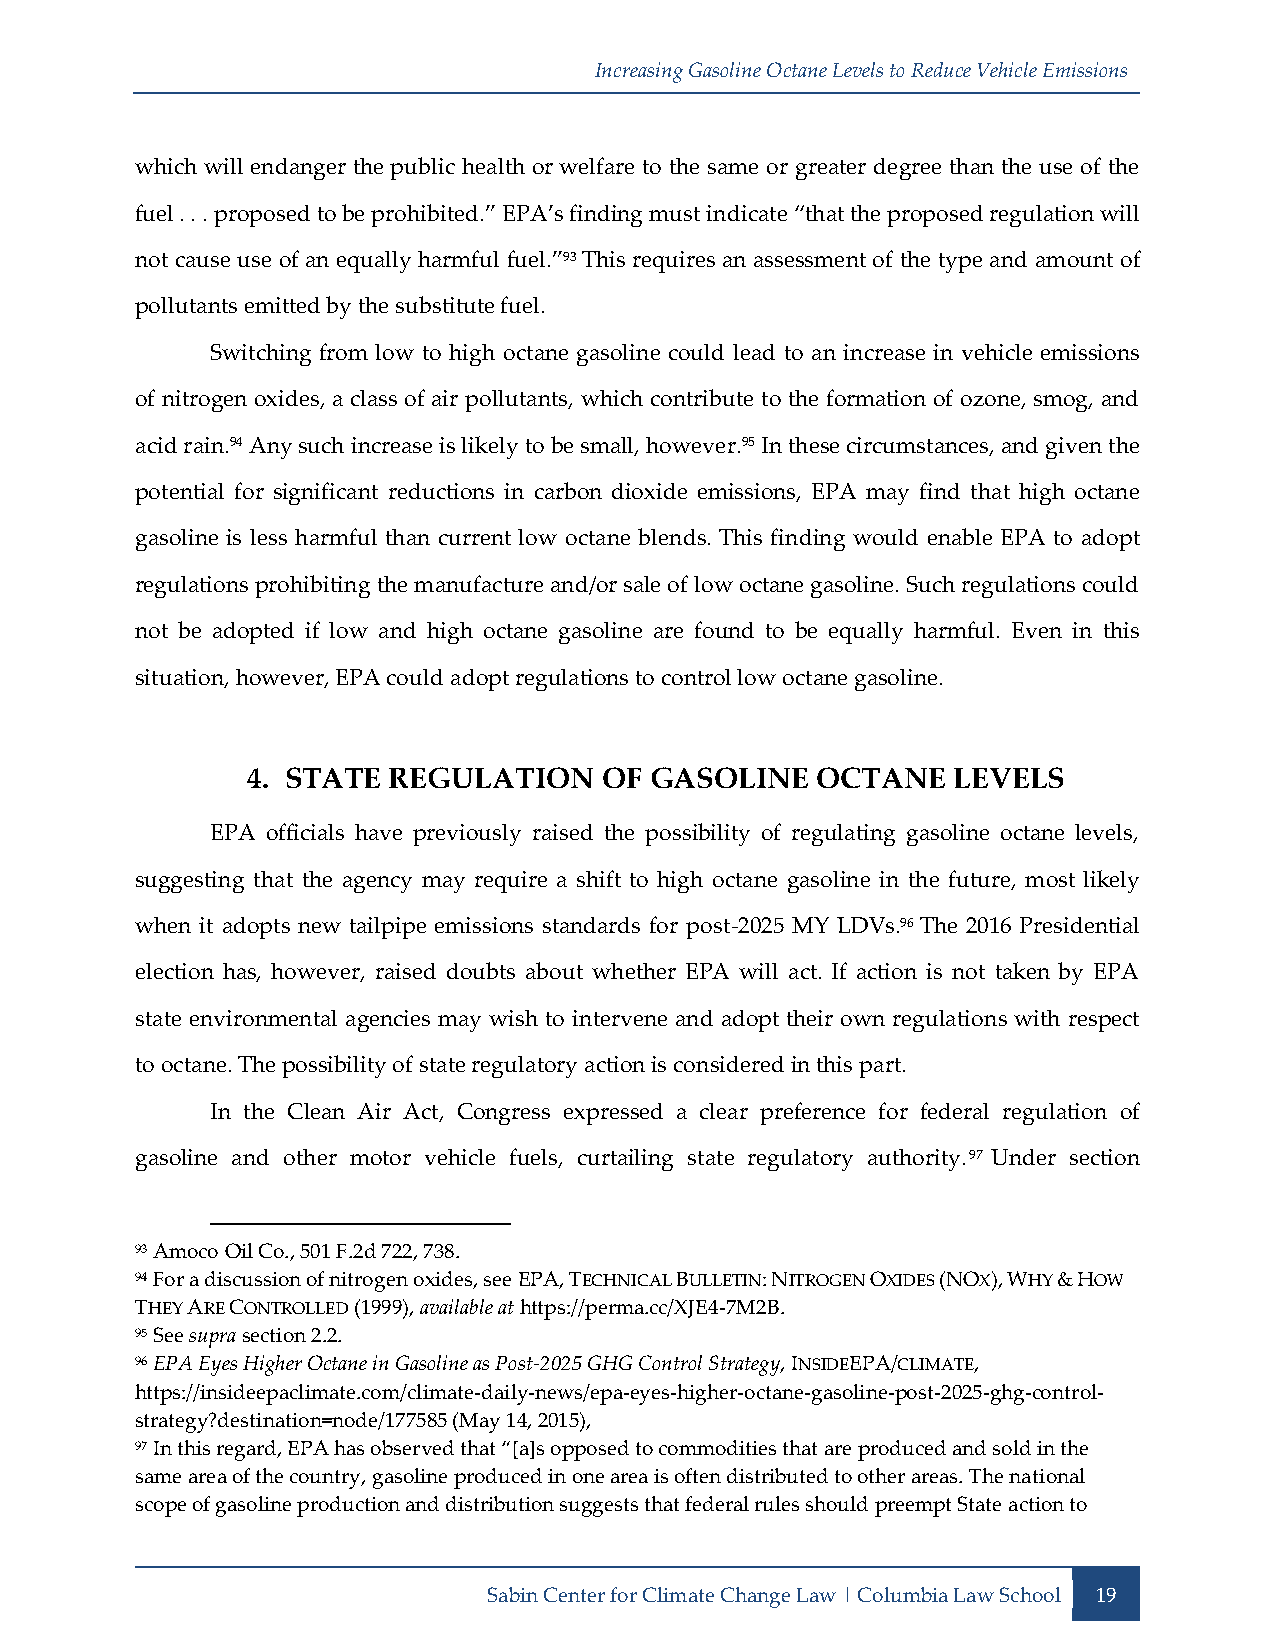
Increasing Gasoline Octane Levels to Reduce Vehicle Emissions
 which will endanger the public health or welfare to the same or greater degree than the use of the
 fuel . . . proposed to be prohibited.” EPA’s finding must indicate “that the proposed regulation will
 not cause use of an equally harmful fuel.”93 This requires an assessment of the type and amount of
 pollutants emitted by the substitute fuel.
 Switching from low to high octane gasoline could lead to an increase in vehicle emissions
 of nitrogen oxides, a class of air pollutants, which contribute to the formation of ozone, smog, and
 acid rain.94 Any such increase is likely to be small, however.95 In these circumstances, and given the
 potential for significant reductions in carbon dioxide emissions, EPA may find that high octane
 gasoline is less harmful than current low octane blends. This finding would enable EPA to adopt
 regulations prohibiting the manufacture and/or sale of low octane gasoline. Such regulations could
 not be adopted if low and high octane gasoline are found to be equally harmful. Even in this
 situation, however, EPA could adopt regulations to control low octane gasoline.
 4. STATE  REGULATION    OF GASOLINE   OCTANE   LEVELS
 EPA officials have previously raised the possibility of regulating gasoline octane levels,
 suggesting that the agency may require a shift to high octane gasoline in the future, most likely
 when it adopts new tailpipe emissions standards for post-2025 MY LDVs.96 The 2016 Presidential
 election has, however, raised doubts about whether EPA will act. If action is not taken by EPA
 state environmental agencies may wish to intervene and adopt their own regulations with respect
 to octane. The possibility of state regulatory action is considered in this part.
 In the Clean Air Act, Congress expressed a clear preference for federal regulation of
 gasoline and other motor vehicle fuels, curtailing state regulatory authority.97 Under section
 93 Amoco Oil Co., 501 F.2d 722, 738.
 94 For a discussion of nitrogen oxides, see EPA, TECHNICAL BULLETIN: NITROGEN OXIDES (NOX), WHY & HOW
 THEY ARE CONTROLLED (1999), available at https://perma.cc/XJE4-7M2B.
 95 See supra section 2.2.
 96 EPA Eyes Higher Octane in Gasoline as Post-2025 GHG Control Strategy, INSIDEEPA/CLIMATE,
 https://insideepaclimate.com/climate-daily-news/epa-eyes-higher-octane-gasoline-post-2025-ghg-control-
 strategy?destination=node/177585 (May 14, 2015),
 97 In this regard, EPA has observed that “[a]s opposed to commodities that are produced and sold in the
 same area of the country, gasoline produced in one area is often distributed to other areas. The national
 scope of gasoline production and distribution suggests that federal rules should preempt State action to
 Sabin Center for Climate Change Law | Columbia Law School 19